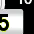
Digit: 5